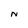
Character: N